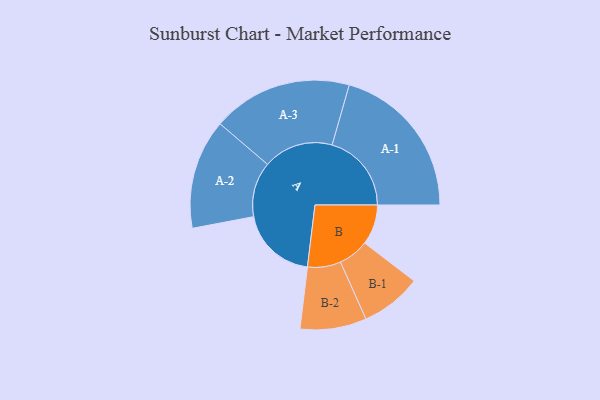
{"axis": {"x": "Segment", "y": "Value"}, "legend": ["", "A", "B"], "data": [{"x": "A", "y": 282, "type": ""}, {"x": "B", "y": 146, "type": ""}, {"x": "A-1", "y": 289, "type": "A"}, {"x": "A-2", "y": 200, "type": "A"}, {"x": "A-3", "y": 255, "type": "A"}, {"x": "B-1", "y": 111, "type": "B"}, {"x": "B-2", "y": 121, "type": "B"}]}